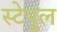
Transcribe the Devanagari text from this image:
स्टेपुल